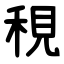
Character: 䅐